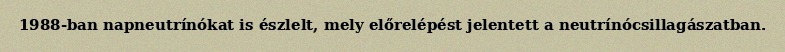
1988-ban napneutrínókat is észlelt, mely előrelépést jelentett a neutrínócsillagászatban.